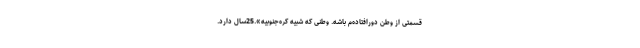
قسمتی از وطن دورافتاده‌‌م باشه. وطنی که شبیه کره‌جنوبیه».25سال دارد.